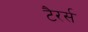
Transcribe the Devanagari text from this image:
टैरर्स